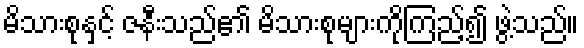
မိသားစုနှင့် ဇနီးသည်၏ မိသားစုများကိုကြည့်၍ ဖွဲ့သည်။